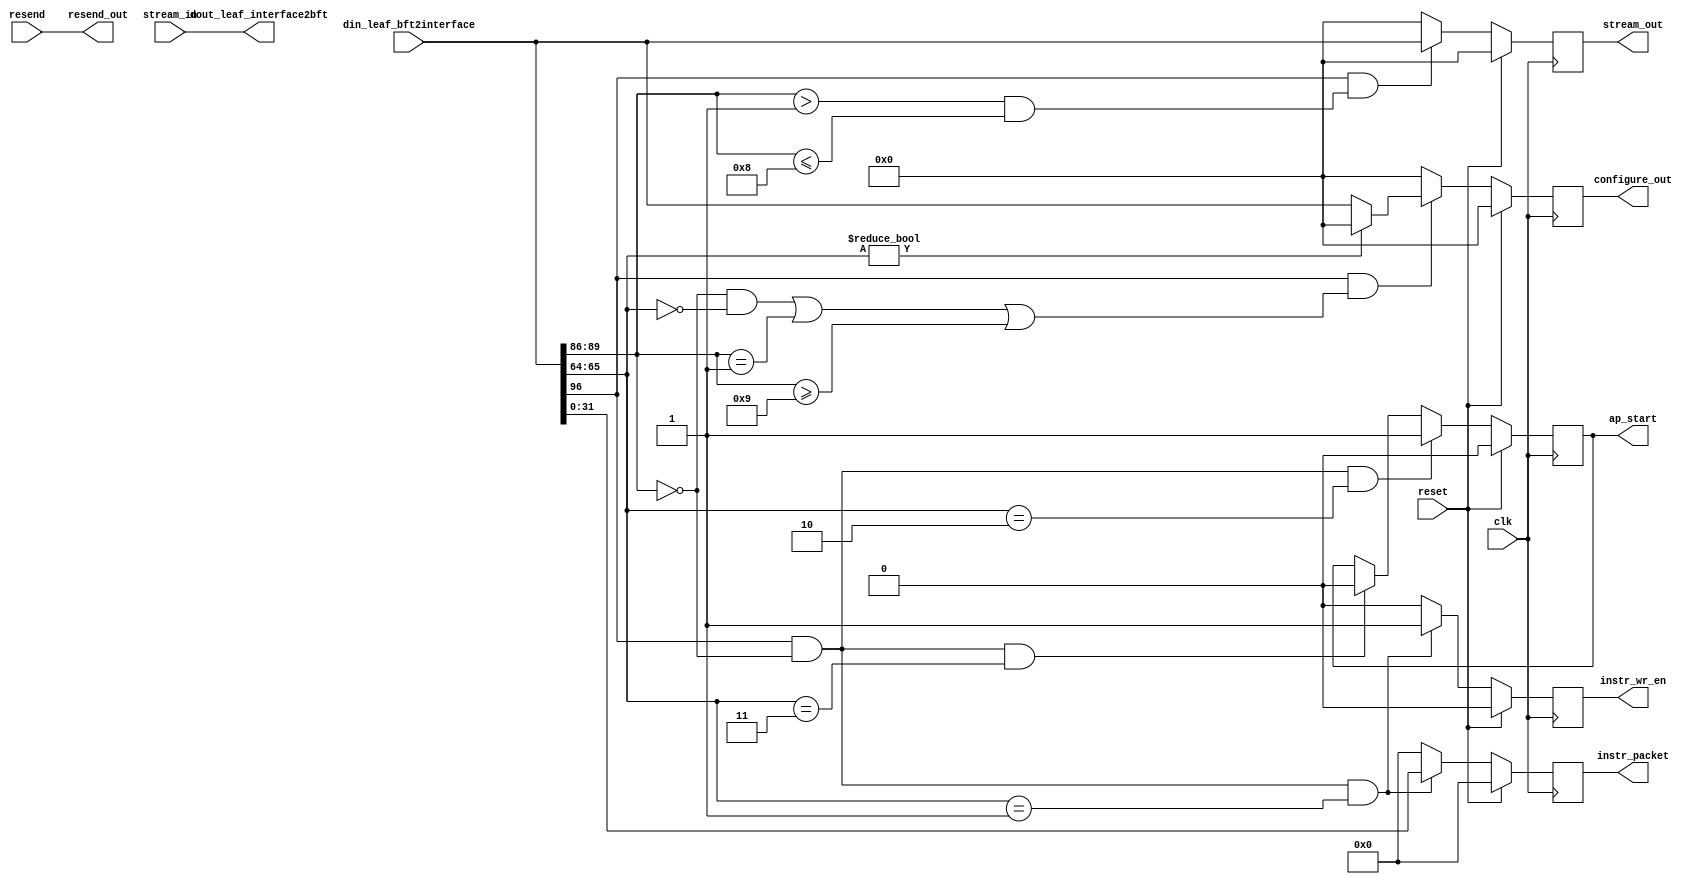
`timescale 1ns / 1ps
//////////////////////////////////////////////////////////////////////////////////
// Company: 
// Engineer: 
// 
// Design Name: 
// Module Name: ExtractCtrl
// Project Name: 
// Target Devices: 
// Tool Versions: 
// Description: 
// 
// Dependencies: 
// 
// Revision:
// Revision 0.01 - File Created
// Additional Comments:
// 
//////////////////////////////////////////////////////////////////////////////////

`define INPUT_PORT_MAX_NUM  8
`define OUTPUT_PORT_MIN_NUM 9
`define IS_INSTRC_DATA      1
`define SET_START_SIGNAL    2
`define CLEAR_START_SIGNAL  3

module Extract_Control # (
    parameter PACKET_BITS = 97,
    parameter PAYLOAD_BITS = 64,
    parameter NUM_LEAF_BITS = 6,
    parameter NUM_PORT_BITS = 4
    )(
    input clk,
    input reset,
    
    //bft_side
    output [PACKET_BITS-1:0] dout_leaf_interface2bft,
    input [PACKET_BITS-1:0] din_leaf_bft2interface,
    input resend,
    
    //stream flow control side
    output reg [PACKET_BITS-1:0] stream_out,
    output resend_out,
    input [PACKET_BITS-1:0] stream_in,
    
    //Config Control side
    output reg [PACKET_BITS-1:0] configure_out,
    
    // instruction configuration for riscv 
    output reg [31:0] instr_packet, 
    output reg instr_wr_en,
    
    // ap_start to control the clk
    output reg ap_start
    );
    
    
    wire vldBit;
    wire [NUM_LEAF_BITS-1:0] leaf;
    wire [NUM_PORT_BITS-1:0] port;
    wire [1:0] is_riscv;
    
    assign vldBit = din_leaf_bft2interface[PACKET_BITS-1]; // 1 bit
    assign is_riscv = din_leaf_bft2interface[PAYLOAD_BITS+1:PAYLOAD_BITS];
    
    assign leaf = din_leaf_bft2interface[PACKET_BITS-2:PACKET_BITS-1-NUM_LEAF_BITS];
    assign port = din_leaf_bft2interface[PACKET_BITS-1-NUM_LEAF_BITS-1:PACKET_BITS-1-NUM_LEAF_BITS-NUM_PORT_BITS];

    assign resend_out = resend;
    assign dout_leaf_interface2bft = stream_in;
    
    //outputs for config control module
    always@(posedge clk) begin
        if(reset)
            configure_out <= 0;
        else if(vldBit && (((port == 0)&&(is_riscv == 0)) || (port == 1) || (port >= `OUTPUT_PORT_MIN_NUM)))
            if(is_riscv) begin
                configure_out <= 0;
            end else begin
                configure_out <= din_leaf_bft2interface;
            end
        else 
            configure_out <= 0; 
    end


    //outputs for instruction memory configuration for riscv
    always@(posedge clk) begin
        if(reset) begin
            instr_wr_en <= 0;
            instr_packet <= 0;
        end else if(vldBit && (port==0) && (is_riscv == `IS_INSTRC_DATA)) begin
            instr_wr_en <= 1;
            instr_packet <= din_leaf_bft2interface[31:0];
        end else begin
            instr_wr_en <= 0;
            instr_packet <= 0;
        end
    end

    //ap_start signal
    always@(posedge clk) begin
        if(reset) begin
            ap_start <= 0;
        end else if(vldBit && (port==0) && (is_riscv == `SET_START_SIGNAL)) begin
            ap_start <= 1;
        end else if(vldBit && (port==0) && (is_riscv == `CLEAR_START_SIGNAL)) begin
            ap_start <= 0;
        end else begin
            ap_start <= ap_start;
        end
    end
    
    //outputs for stream flow control
    always@(posedge clk) begin
        if(reset)
            stream_out <= 0;
        else if(vldBit && ((port > 1) && (port <= `INPUT_PORT_MAX_NUM)))
            stream_out <= din_leaf_bft2interface;
        else 
            stream_out <= 0; 
    end    
    
    
endmodule